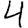
Digit: 4